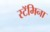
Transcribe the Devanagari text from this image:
स्टॅमिना